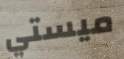
ميستي